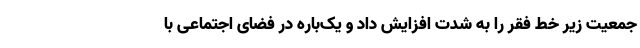
جمعیت زیر خط فقر را به شدت افزایش داد و یک‌باره در فضای اجتماعی با